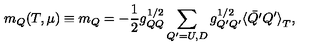
m _ { Q } ( T , \mu ) \equiv m _ { Q } = - \frac { 1 } { 2 } g _ { Q Q } ^ { 1 / 2 } \sum _ { Q ^ { \prime } = U , D } g _ { Q ^ { \prime } Q ^ { \prime } } ^ { 1 / 2 } { \langle \bar { Q ^ { \prime } } Q ^ { \prime } \rangle } _ { T } ,